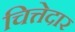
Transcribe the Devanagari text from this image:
चित्तेदार